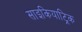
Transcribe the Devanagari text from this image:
साइकियाट्रिक